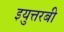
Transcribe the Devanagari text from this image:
इयुत्तरबी